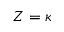
Z = \kappa